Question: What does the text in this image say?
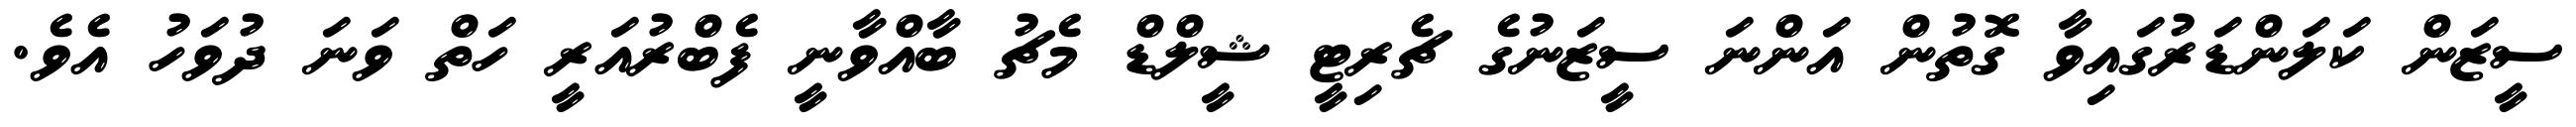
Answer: ސީޒަން ކަލަންޑަރުގައިވާ ގޮތުން އަންނަ ސީޒަނުގެ ޗެރިޓީ ޝީލްޑް މެޗު ބާއްވާނީ ފެބްރުއަރީ ހަތް ވަނަ ދުވަހު އެވެ.